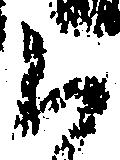
御